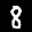
Digit: 8